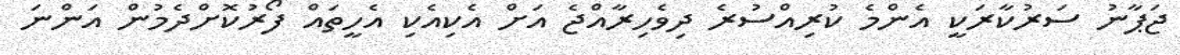
ޖަޕާނު ސަރުކާރަކީ އެންމެ ކުރިއްސުރެ ދިވެހިރާއްޖެ އަށް އެކިއެކި އެހީތައް ފޯރުކޮށްދެމުން އަންނަ